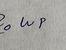
Signature authenticity: forged